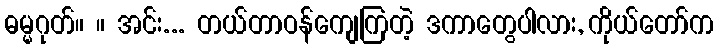
ဓမ္မဂုတ်။ ။ အင်း... တယ်တာဝန်ကျေကြတဲ့ ဒကာတွေပါလား, ကိုယ်တော်က